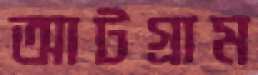
আটগ্রাম